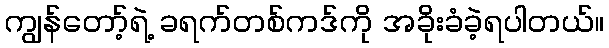
ကျွန်တော့်ရဲ့ ခရက်တစ်ကဒ်ကို အခိုးခံခဲ့ရပါတယ်။